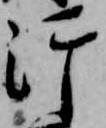
汗